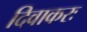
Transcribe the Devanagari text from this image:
दिवाकरः